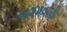
અગમવાણી